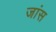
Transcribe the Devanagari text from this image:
जांस